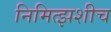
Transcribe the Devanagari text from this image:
निमित्झशीच